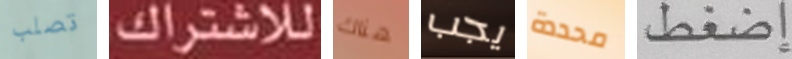
تصلب للاشتراك هناك يجب محددة إضغط